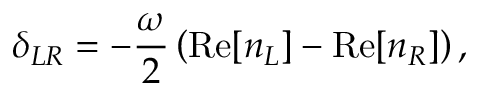
\delta _ { L R } = - \frac { \omega } { 2 } \left( \mathrm { R e } [ n _ { L } ] - \mathrm { R e } [ n _ { R } ] \right) ,